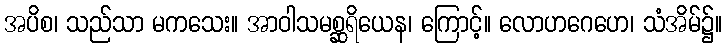
အပိစ၊ သည်သာ မကသေး။ အာဝါသမစ္ဆရိယေန၊ ကြောင့်။ လောဟဂေဟေ၊ သံအိမ်၌။